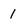
Character: 1